Report of the Indian Hemp Drugs Commission, 1894-1895 - Volume IV
Year: 1894
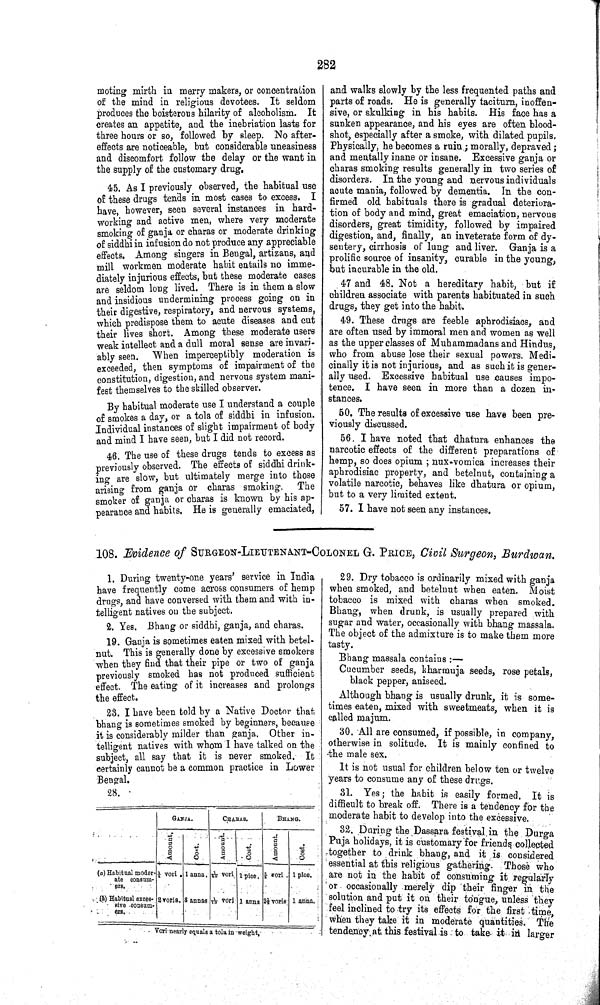
282
moting mirth in merry makers, or concentration
of the mind in religious devotees. It seldom
produces the boisterous hilarity of alcoholism. It
creates an appetite, and the inebriation lasts for
three hours or so, followed by sleep. No after-
effects are noticeable, but considerable uneasiness
and discomfort follow the delay or the want in
the supply of the customary drug.
45. As I previously observed, the habitual use
of these drugs tends in most cases to excess. I
have, however, seen several instances in hard-
working and active men, where very moderate
smoking of ganja or charas or moderate drinking
of siddhi in infusion do not produce any appreciable
effects. Among singers in Bengal, artizans, and
mill workmen moderate habit entails no imme-
diately injurious effects, but these moderate cases
are seldom long lived. There is in them a slow
and insidious undermining process going on in
their digestive, respiratory, and nervous systems,
which predispose them to acute diseases and cut
their lives short. Among these moderate users
weak intellect and a dull moral sense are invari-
ably seen. When imperceptibly moderation is
exceeded, then symptoms of impairment of the
constitution, digestion, and nervous system mani-
fest themselves to the skilled observer.
By habitual moderate use I understand a couple
of smokes a day, or a tola of siddhi in infusion.
Individual instances of slight impairment of body
and mind I have seen, but I did not record.
46. The use of these drugs tends to excess as
previously observed. The effects of siddhi drink-
ing are slow, but ultimately merge into those
arising from ganja or charas smoking. The
smoker of ganja or charas is known by his ap-
pearance and habits. He is generally emaciated,
and walks slowly by the less frequented paths and
parts of roads. He is generally taciturn, inoffen-
sive, or skulking in his habits. His face has a
sunken appearance, and his eyes are often blood-
shot, especially after a smoke, with dilated pupils.
Physically, he becomes a ruin; morally, depraved;
and mentally inane or insane. Excessive ganja or
charas smoking results generally in two series of
disorders. In the young and nervous individuals
acute mania, followed by dementia. In the con-
firmed old habituals there is gradual deteriora-
tion of body and mind, great emaciation, nervous
disorders, great timidity, followed by impaired
digestion, and, finally, an inveterate form of dy-
sentery, cirrhosis of lung and liver. Ganja is a
prolific source of insanity, curable in the young,
but incurable in the old.
47 and 48. Not a hereditary habit, but if
children associate with parents habituated in such
drugs, they get into the habit.
49. These drugs are feeble aphrodisiacs, and
are often used by immoral men and women as well
as the upper classes of Muhammadans and Hindus,
who from abuse lose their sexual powers. Medi-
cinally it is not injurious, and as such it is gener-
ally used. Excessive habitual use causes impo-
tence. I have seen in more than a dozen in-
stances.
50. The results of excessive use have been pre-
viously discussed.
56. I have noted that dhatura enhances the
narcotic effects of the different preparations of
hemp, so does opium; nux-vomica increases their
aphrodisiac property, and betelnut, containing a
volatile narcotic, behaves like dhatura or opium,
but to a very limited extent.
57. I have not seen any instances.
108. Evidence of SURGEON-LIEUTENANT-COLONEL G. PRICE, Civil Surgeon, Burdwan.
1. During twenty-one years' service in India
have frequently come across consumers of hemp
drugs, and have conversed with them and with in-
telligent natives on the subject.
2. Yes. Bhang or siddhi, ganja, and charas.
19. Ganja is sometimes eaten mixed with betel-
nut. This is generally done by excessive smokers
when they find that their pipe or two of ganja
previously smoked has not produced sufficient
effect. The eating of it increases and prolongs
the effect.
23. I have been told by a Native Doctor that
bhang is sometimes smoked by beginners, because
it is considerably milder than ganja. Other in-
telligent natives with whom I have talked on the
subject, all say that it is never smoked. It
certainly cannot be a common practice in Lower
Bengal.
28.
GANJA.
CHARAS.
BHANG.
Amount
Cost.
Amount.
Cost.
Amount.
Cost.
(a) Habitual moder-
ate consum-
ers.
1/4 vori 1 anna. 1/40 vori. 1 pice. 5/8 vori 1 pice.
(b) Habitual exces-
sive
consum-
ers.
2 voris. 8 annas 1/10 vori 1 anna 21/2 voris 1 anna.
Vori nearly equals a tola in weight.
29. Dry tobacco is ordinarily mixed with ganja
when smoked, and betelnut when eaten. Moist
tobacco is mixed with charas when smoked.
Bhang, when drunk, is usually prepared with
sugar and water, occasionally with bhang massala.
The object of the admixture is to make them more
tasty.
Bhang massala contains:—
Cucumber seeds, kharmuja seeds, rose petals,
black pepper, aniseed.
Although bhang is usually drunk, it is some-
times eaten, mixed with sweetmeats, when it is
called majum.
30. All are consumed, if possible, in company,
otherwise in solitude. It is mainly confined to
the male sex.
It is not usual for children below ten or twelve
years to consume any of these drugs.
31. Yes; the habit is easily formed. It is
difficult to break off. There is a tendency for the
moderate habit to develop into the excessive.
32. During the Dassara festival in the Durga
Puja holidays, it is customary for friends collected
together to drink bhang, and it is considered
essential at this religious gathering. Those who
are not in the habit of consuming it regularly
or occasionally merely dip their finger in the
solution and put it on their tongue, unless they
feel inclined to try its effects for the first time,
when they take it in moderate quantities. The
tendency at this festival is to take it in larger